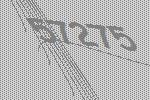
57275